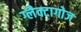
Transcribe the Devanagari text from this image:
ग्लैक्टागोज